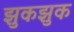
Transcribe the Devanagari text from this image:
झुकझुक